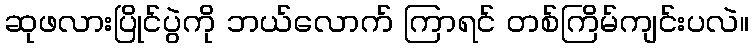
ဆုဖလားပြိုင်ပွဲကို ဘယ်လောက် ကြာရင် တစ်ကြိမ်ကျင်းပလဲ။